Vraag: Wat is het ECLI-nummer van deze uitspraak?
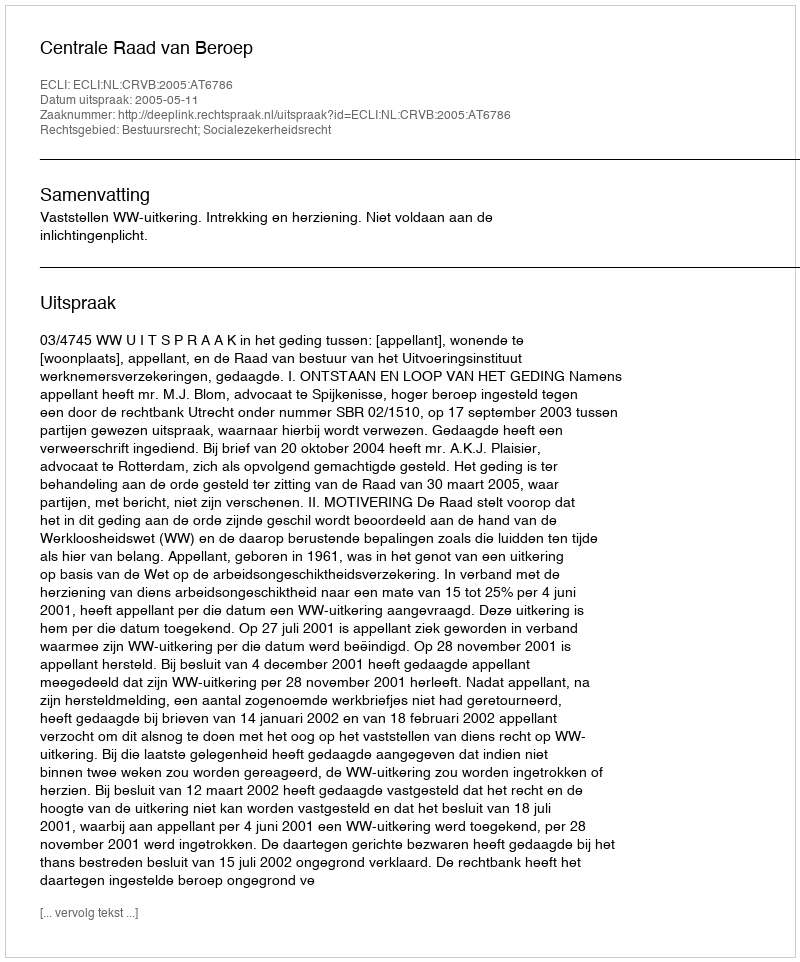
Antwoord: ECLI:NL:CRVB:2005:AT6786